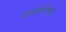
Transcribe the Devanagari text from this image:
वारंवारीतेवर